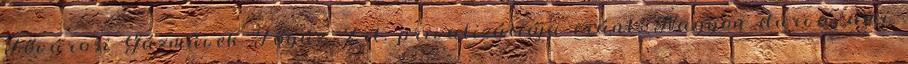
Fővárosi Gázművek Főgáz Zrt. privatizációja iránt. Nagyon durva, ami